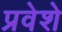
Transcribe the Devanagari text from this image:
प्रवेशे